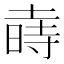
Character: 𱢑